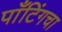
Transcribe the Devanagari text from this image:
पाँटिंगचा